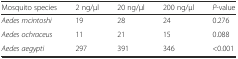
| Mosquito species | 2 ng/μl | 20 ng/μl | 200 ng/μl | P-value |
 | --- | --- | --- | --- | --- |
 | Aedes mcintoshi | 19 | 28 | 24 | 0.276 |
 | Aedes ochraceus | 11 | 21 | 15 | 0.088 |
 | Aedes aegypti | 297 | 391 | 346 | <0.001 |